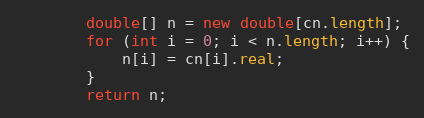
Language: Java
        double[] n = new double[cn.length];
        for (int i = 0; i < n.length; i++) {
            n[i] = cn[i].real;
        }
        return n;